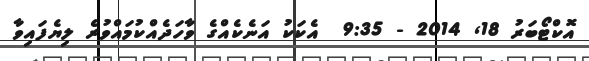
އޮކްޓޯބަރު 18